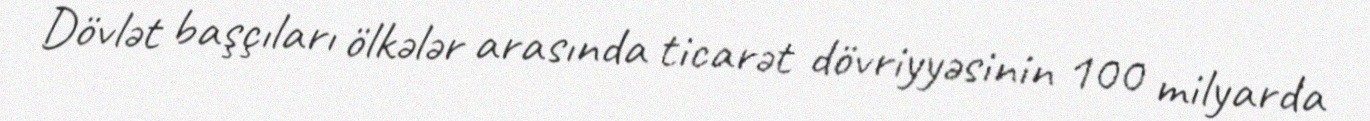
Dövlət başçıları ölkələr arasında ticarət dövriyyəsinin 100 milyarda